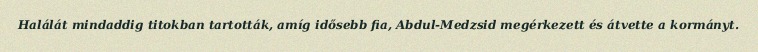
Halálát mindaddig titokban tartották, amíg idősebb fia, Abdul-Medzsid megérkezett és átvette a kormányt.